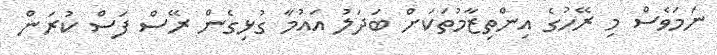
ނަމަވެސް މި ރޭހުގެ އިންތިޒާމުތަކަށް ބަދަލު އައުމާ ގުޅިގެން ރޭސް ފަސް ކުރަން